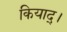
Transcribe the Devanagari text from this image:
कियाद्।